Document type: Grant
Year: 1403
Scribe: Berenguer Pedrosell
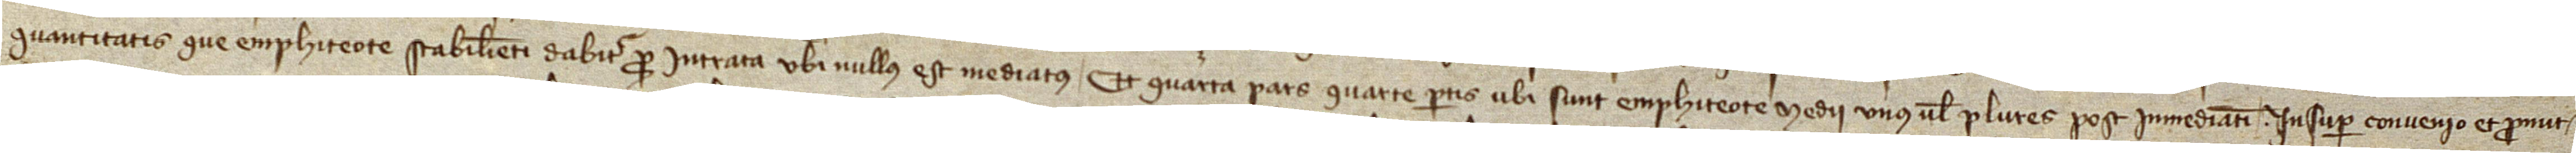
quantitatis que emphiteote stabilienti dabitur pro intrata ubi nullus est mediatus. Et quarta pars quarte partis ubi sunt emphiteote medii unus vel plures post immediati. Insuper convenio et promit-